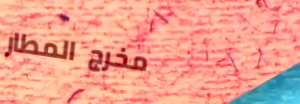
مخرج المطار